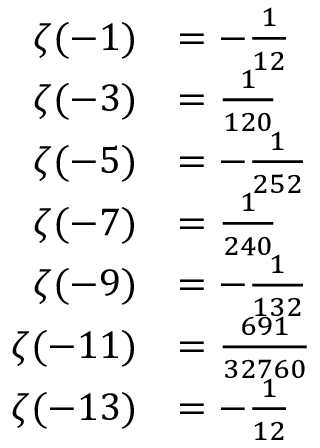
{ \begin{array} { r l } { \zeta ( - 1 ) } & { = - { \frac { 1 } { 1 2 } } } \\ { \zeta ( - 3 ) } & { = { \frac { 1 } { 1 2 0 } } } \\ { \zeta ( - 5 ) } & { = - { \frac { 1 } { 2 5 2 } } } \\ { \zeta ( - 7 ) } & { = { \frac { 1 } { 2 4 0 } } } \\ { \zeta ( - 9 ) } & { = - { \frac { 1 } { 1 3 2 } } } \\ { \zeta ( - 1 1 ) } & { = { \frac { 6 9 1 } { 3 2 7 6 0 } } } \\ { \zeta ( - 1 3 ) } & { = - { \frac { 1 } { 1 2 } } } \end{array} }